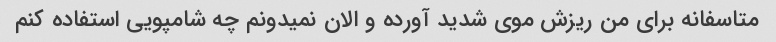
متاسفانه برای من ریزش موی شدید آورده و الان نمیدونم چه شامپویی استفاده کنم